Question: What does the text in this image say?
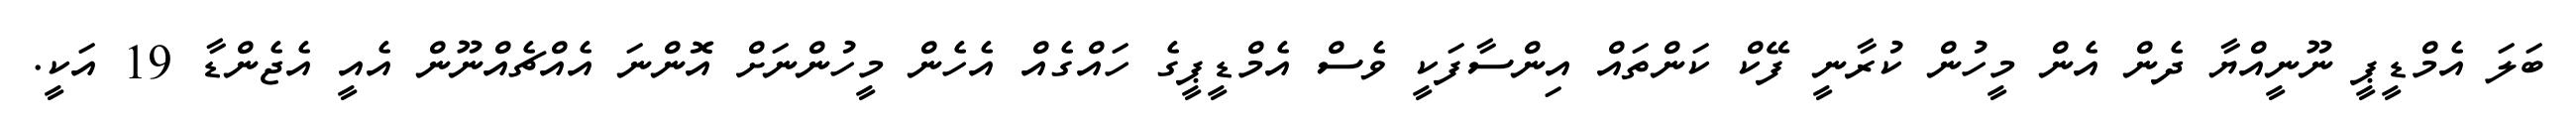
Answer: ބަލަ އެމްޑީޕީ ނޫނީއްޔާ ދެން އެން މީހުން ކުރާނީ ފޭކް ކަންތައް އިންސާފަކީ ވެސް އެމްޑީޕީގެ ހައްގެއް އެހެން މީހުންނަށް އޮންނަ އެއްޗެއްނޫން އެއީ އެޖެންޑާ 19 އަކީ.